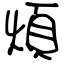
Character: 煩